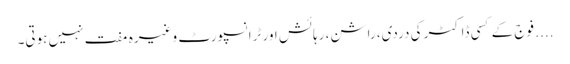
.... فوج کے کسی ڈاکٹر کی دردی، راشن، رہائش اور ٹرانسپورٹ وغیرہ مفت نہیں ہوتی۔